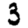
Digit: 3